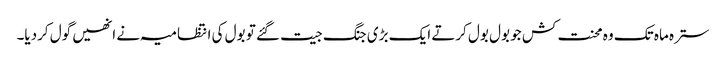
سترہ ماہ تک وہ محنت کش جو بول بول کرتے ایک بڑی جنگ جیت گئے تو بول کی انتظامیہ نے انھیں گول کردیا۔